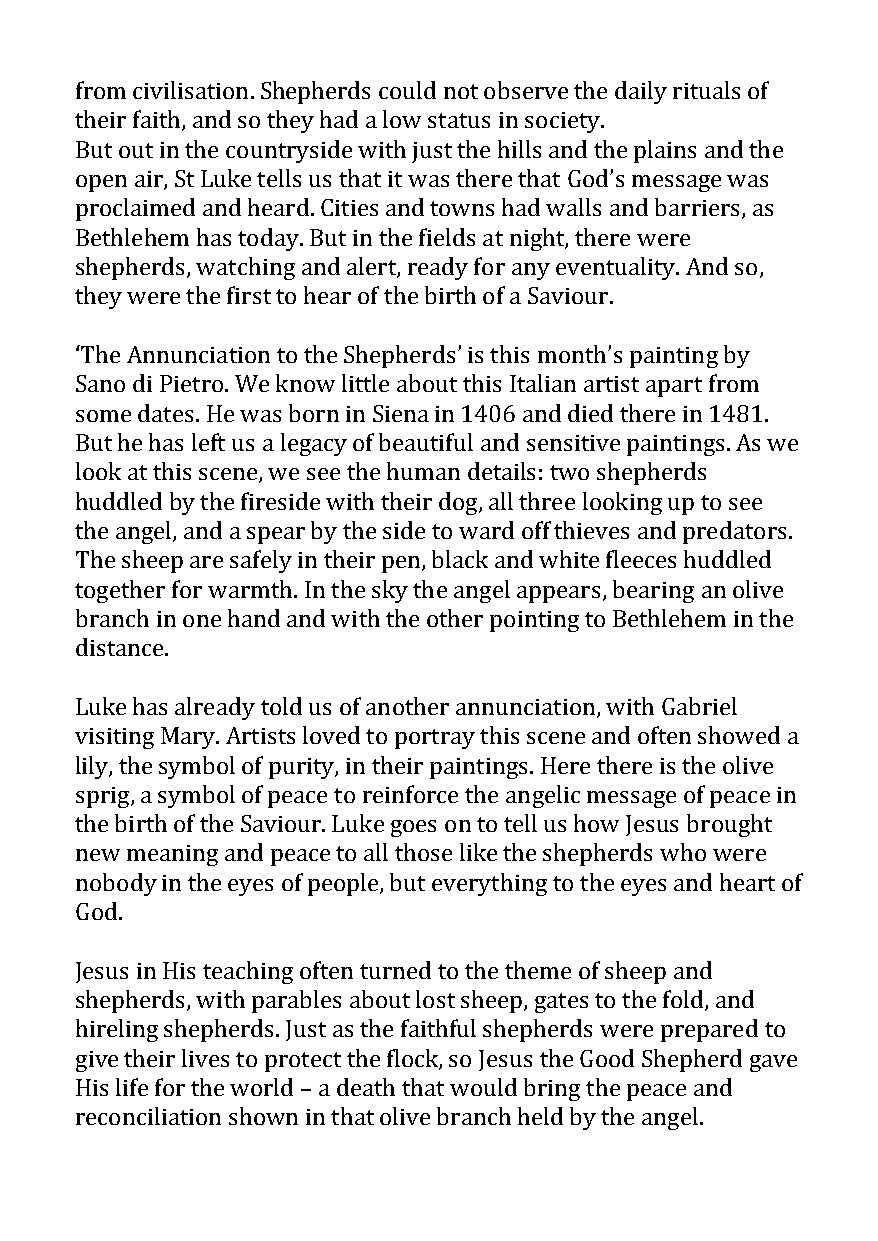
from civilisation. Shepherds could not observe the daily rituals of
 their faith, and so they had a low status in society.
 But out in the countryside with just the hills and the plains and the
 open air, St Luke tells us that it was there that God’s message was
 proclaimed and heard. Cities and towns had walls and barriers, as
 Bethlehem has today. But in the fields at night, there were
 shepherds, watching and alert, ready for any eventuality. And so,
 they were the first to hear of the birth of a Saviour.
 ‘The Annunciation to the Shepherds’ is this month’s painting by
 Sano di Pietro. We know little about this Italian artist apart from
 some dates. He was born in Siena in 1406 and died there in 1481.
 But he has left us a legacy of beautiful and sensitive paintings. As we
 look at this scene, we see the human details: two shepherds
 huddled by the fireside with their dog, all three looking up to see
 the angel, and a spear by the side to ward off thieves and predators.
 The sheep are safely in their pen, black and white fleeces huddled
 together for warmth. In the sky the angel appears, bearing an olive
 branch in one hand and with the other pointing to Bethlehem in the
 distance.
 Luke has already told us of another annunciation, with Gabriel
 visiting Mary. Artists loved to portray this scene and often showed a
 lily, the symbol of purity, in their paintings. Here there is the olive
 sprig, a symbol of peace to reinforce the angelic message of peace in
 the birth of the Saviour. Luke goes on to tell us how Jesus brought
 new meaning and peace to all those like the shepherds who were
 nobody in the eyes of people, but everything to the eyes and heart of
 God.
 Jesus in His teaching often turned to the theme of sheep and
 shepherds, with parables about lost sheep, gates to the fold, and
 hireling shepherds. Just as the faithful shepherds were prepared to
 give their lives to protect the flock, so Jesus the Good Shepherd gave
 His life for the world – a death that would bring the peace and
 reconciliation shown in that olive branch held by the angel.